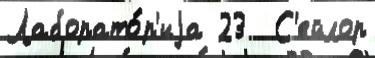
Лаборато́р'иjа 23  С'ейлор